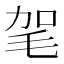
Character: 毠